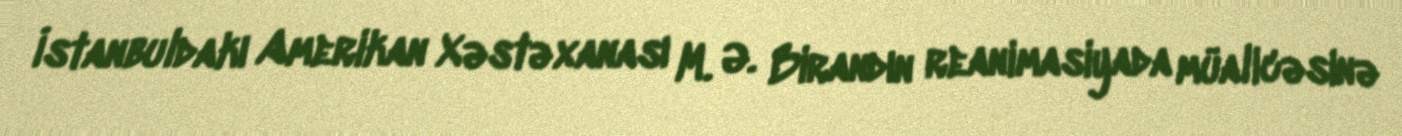
İstanbuldakı Amerikan Xəstəxanası M. Ə. Birandın reanimasiyada müalicəsinə